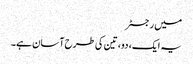
میں رجسٹر
یہ ایک، دو، تین کی طرح آسان ہے۔